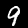
Digit: 9